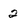
Character: 2